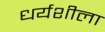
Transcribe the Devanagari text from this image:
धर्यशीला